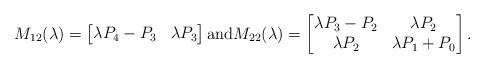
LaTeX: \begin{align*}M_{12}(\lambda)=\begin{bmatrix}\lambda P_4-P_3 & \lambda P_3 \end{bmatrix} \mbox{and} M_{22}(\lambda)=\begin{bmatrix}\lambda P_3-P_2 & \lambda P_2 \\\lambda P_2 & \lambda P_1+P_0 \end{bmatrix}.\end{align*}